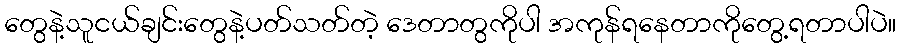
တွေနဲ့သူငယ်ချင်းတွေနဲ့ပတ်သတ်တဲ့ ဒေတာတွကိုပါ အကုန်ရနေတာကိုတွေ့ရတာပါပဲ။